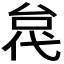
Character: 𫢼